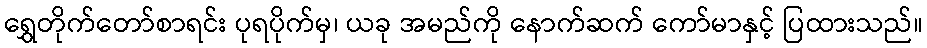
ရွှေတိုက်တော်စာရင်း ပုရပိုက်မှ၊ ယခု အမည်ကို နောက်ဆက် ကော်မာနှင့် ပြထားသည်။